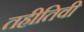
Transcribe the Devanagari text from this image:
तहीतिवी